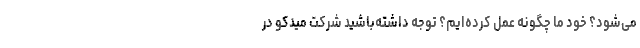
می‌شود؟ خود ما چگونه عمل کرده‌ایم؟ توجه داشته‌باشید شرکت میدکو در